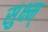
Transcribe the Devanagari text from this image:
सुक्ष्म्